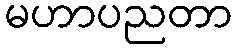
မဟာပညတာ